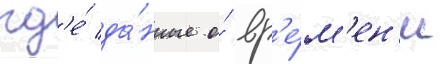
гд'е́ да́нные о́ вр'е́м'ен'и